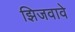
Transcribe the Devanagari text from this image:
झिजवावे